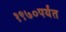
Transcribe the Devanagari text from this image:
१९७०पर्यंत